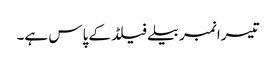
تیسرا نمبر بیلےفیلڈ کے پاس ہے۔